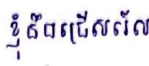
ខ្ញុំនឹងជ្រើសរើស